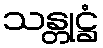
သန္တုဋ္ဌံ